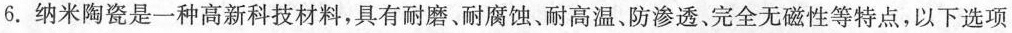
6.纳米陶瓷是一种高新科技材料，具有耐磨、耐腐蚀、耐高温、防渗透、完全无磁性等特点，以下选项